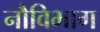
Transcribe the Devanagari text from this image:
नौविभाग